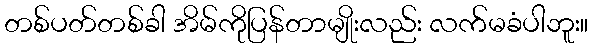
တစ်ပတ်တစ်ခါ အိမ်ကိုပြန်တာမျိုးလည်း လက်မခံပါဘူး။